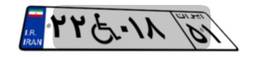
۲۲W۰۱۸۵۱